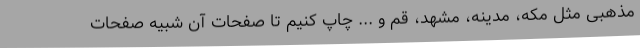
مذهبی مثل مکه، مدینه، مشهد، قم و ... چاپ کنیم تا صفحات آن شبیه صفحات